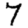
Digit: 7